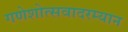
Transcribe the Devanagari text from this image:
गणेशोत्सवादरम्यान